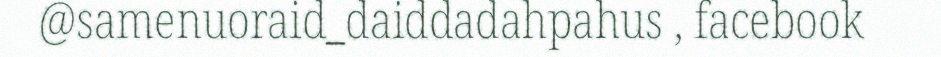
@samenuoraid_daiddadahpahus , facebook